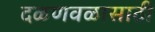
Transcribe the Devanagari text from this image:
दळणवळासाठी